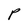
Character: P